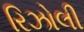
રિઝોલી